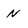
Character: N